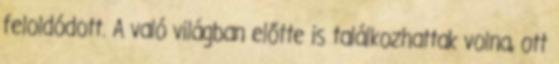
feloldódott. A való világban előtte is találkozhattak volna, ott